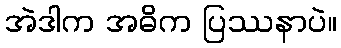
အဲဒါက အဓိက ပြဿနာပဲ။